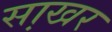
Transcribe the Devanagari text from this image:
सा़खर